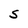
Character: 5